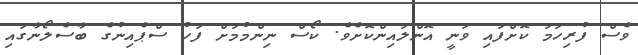
ވެސް ފުރިހަމަ ކޮށްފައި ވަނީ އޮންލައިންކޮށެވެ. ކޯސް ނިންމުމަށް ފަހު ސްޕެއިނުގެ ބާސެލޯނާގައި